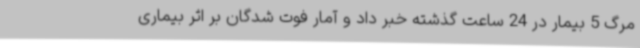
مرگ 5 بیمار در 24 ساعت گذشته خبر داد و آمار فوت شدگان بر اثر بیماری